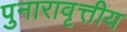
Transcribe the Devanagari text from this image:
पुनारावृत्तीय